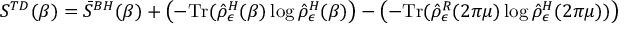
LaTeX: S ^ { T D } ( \beta ) = \bar { S } ^ { B H } ( \beta ) + \left( - \mathrm { T r } ( \hat { \rho } _ { \epsilon } ^ { H } ( \beta ) \log \hat { \rho } _ { \epsilon } ^ { H } ( \beta ) \right) - \left( - \mathrm { T r } ( \hat { \rho } _ { \epsilon } ^ { R } ( 2 \pi \mu ) \log \hat { \rho } _ { \epsilon } ^ { H } ( 2 \pi \mu ) ) \right) ~ ~ ~